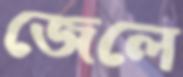
জেলে